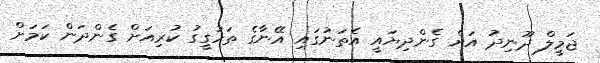
ޖަމީލް ދޫނިދު އަށް ގެންދިޔައީ އެތަނުގައި އޭނާގެ ތަހުގީގު ކުރިއަށް ގެންދަން ކަމަށް